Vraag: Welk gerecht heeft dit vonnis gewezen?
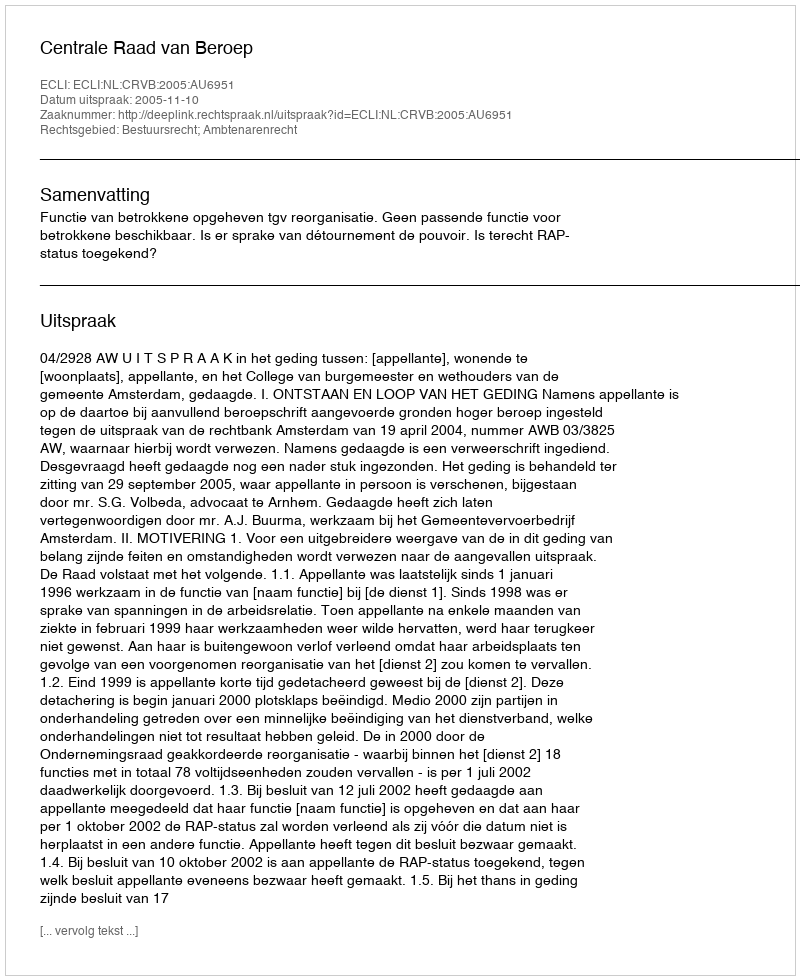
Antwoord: Centrale Raad van Beroep